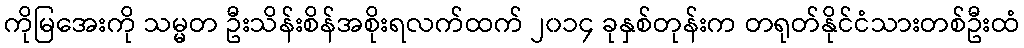
ကိုမြအေးကို သမ္မတ ဦးသိန်းစိန်အစိုးရလက်ထက် ၂၀၁၄ ခုနှစ်တုန်းက တရုတ်နိုင်ငံသားတစ်ဦးထံ